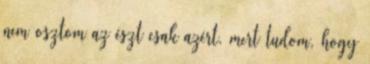
nem osztom az észt csak azért, mert tudom, hogy